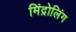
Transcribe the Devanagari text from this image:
मिंद्रोलिंग